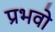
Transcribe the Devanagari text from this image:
प्रभवो